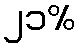
၂၁%